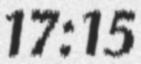
17:15